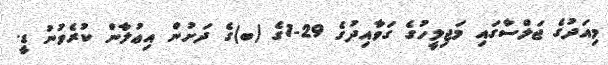
މިއަދުގެ ޖަލްސާގައި މަޖިލީހުގެ ގަވާއިދުގެ 29-1ގެ (ބ)ގެ ދަށުން އިޢުލާން ކުރެވުނު ޑީ.